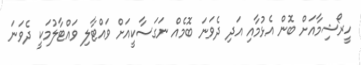
ހީރޯޝިމާއަށް ބޮން އެޅުމާއި އަދި ދެވަނަ ބޮމެއް ނަގަސާކީއަށް ވައްޓާލި ވައްޓާލުމަކީ ދެވަނަ